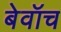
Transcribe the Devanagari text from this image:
बेवॉच